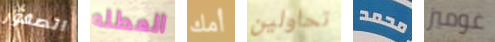
الصقور العطله أمك تحاولين محمد غوميز